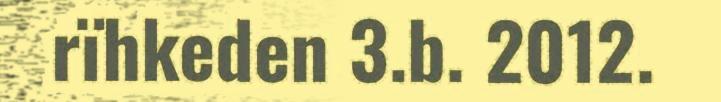
rïhkeden 3.b. 2012.